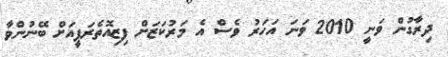
ދިރާގުން ވަނީ 2010 ވަނަ އަހަރު ވެސް އެ މަރުކަޒަށް ފިޒިއޮތެރަޕީއަށް ބޭނުންވާ